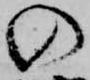
の